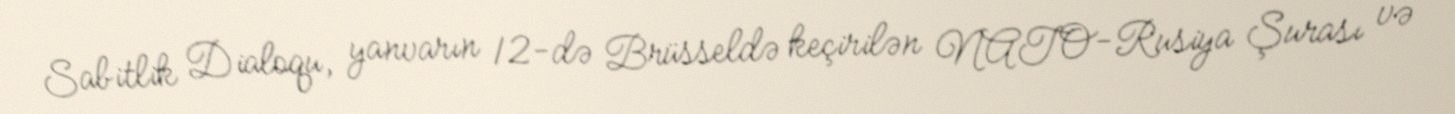
Sabitlik Dialoqu, yanvarın 12-də Brüsseldə keçirilən NATO-Rusiya Şurası və